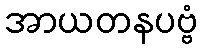
အာယတနပဗ္ဗံ